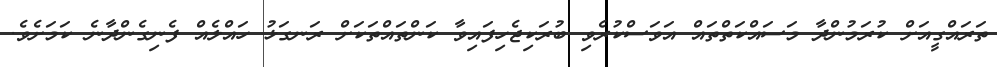
ތަރައްގީއަށް ކުރަމުންދާ މަސައްކަތްތައް އަވަސްކުރެވި ބުރަކިޖެހިފައިވާ ކަންތައްތަކަށް ރަނގަޅު ހައްލެއް ފެނިގެންދާނެ ކަމަށެވެ.